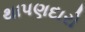
થાપણદારો